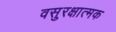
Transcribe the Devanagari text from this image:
वसुरक्षात्मक